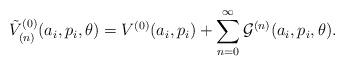
LaTeX: \begin{align*}{\tilde V}_{(n)}^{(0)}(a_i,p_i,\theta) = V^{(0)}(a_i,p_i) + \sum_{n=0}^\infty{\cal G}^{(n)}(a_i,p_i,\theta).\end{align*}